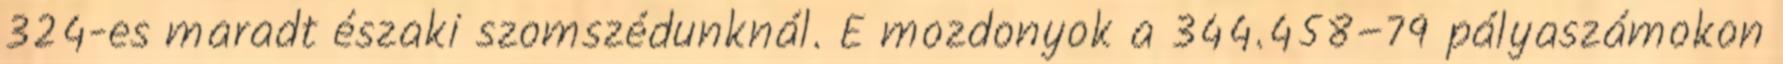
324-es maradt északi szomszédunknál. E mozdonyok a 344.458–79 pályaszámokon